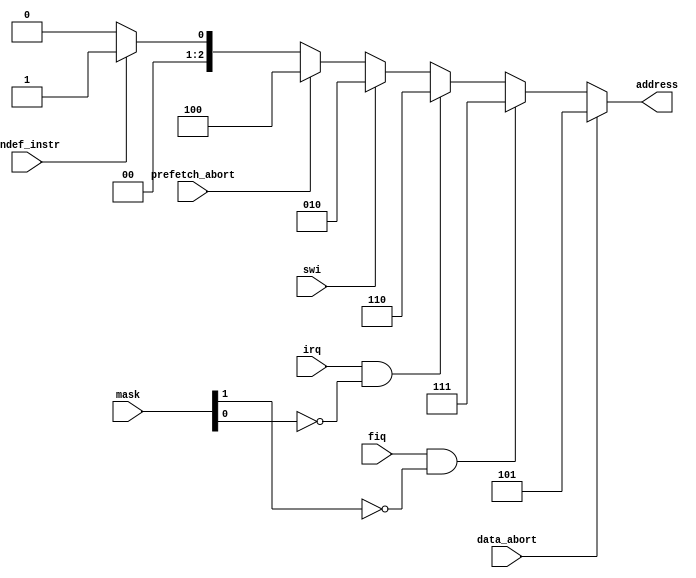
//
// exc.v
//
// David Van Campenhout
//
// generation of exception addresses
//


module exc( mask, undef_instr, swi, 
		prefetch_abort, data_abort, irq, fiq, address);

  input	[1:0]	mask;		// [irq disable, fiq disable]
  input		undef_instr;		// undefined instruction
  input		swi;		// software interrupt
  input		prefetch_abort; // prefetch abort
  input		data_abort;	// data abort
  input		irq;		// interrupt request
  input		fiq;		// fast interrupt request
  output [4:2]	address;	

  reg [4:2]	address;

  always @( mask or undef_instr or swi or 
		prefetch_abort or data_abort or irq or fiq )
  begin
	address = 3'b0;
	if ( data_abort)		address = 3'd5;
	else if (fiq & !mask[1]) 	address = 3'd7;
	else if (irq & !mask[0])	address = 3'd6;
	else if (swi)			address = 3'd2;
	else if (prefetch_abort)	address = 3'd4;
	else if (undef_instr)		address = 3'd1;	
  end //always

endmodule